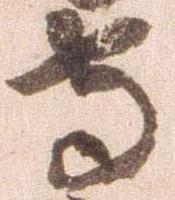
守